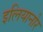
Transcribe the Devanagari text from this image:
इलियानोर